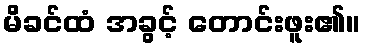
မိခင်ထံ အခွင့် တောင်းဖူး၏။